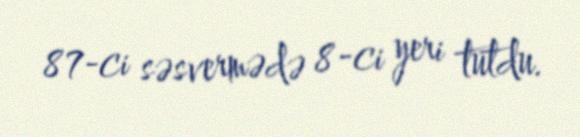
87-ci səsvermədə 8-ci yeri tutdu.